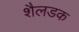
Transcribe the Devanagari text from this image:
शैलडक